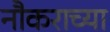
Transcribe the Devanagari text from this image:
नौकराच्या